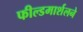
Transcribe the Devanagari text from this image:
फील्डमार्शलने